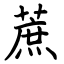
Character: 蔗